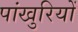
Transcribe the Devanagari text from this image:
पांखुरियों